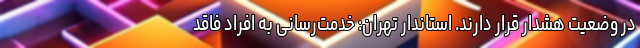
در وضعیت هشدار قرار دارند. استاندار تهران: خدمت‌رسانی به افراد فاقد